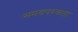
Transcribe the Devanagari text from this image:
समयपरकता